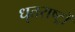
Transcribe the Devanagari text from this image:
धृतराष्ट्रों